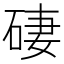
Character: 䃀